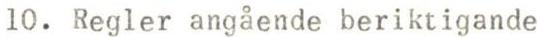
10. Regler angående beriktigande